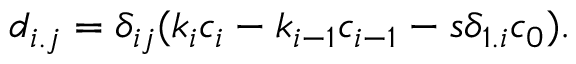
d _ { i . j } = \delta _ { i j } ( k _ { i } c _ { i } - k _ { i - 1 } c _ { i - 1 } - s \delta _ { 1 . i } c _ { 0 } ) .